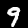
Label: 9